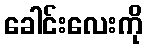
ခေါင်းလေးကို